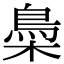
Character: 䲷